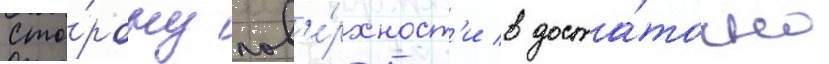
сто́рону пов'е́рхност'и в доста́точно